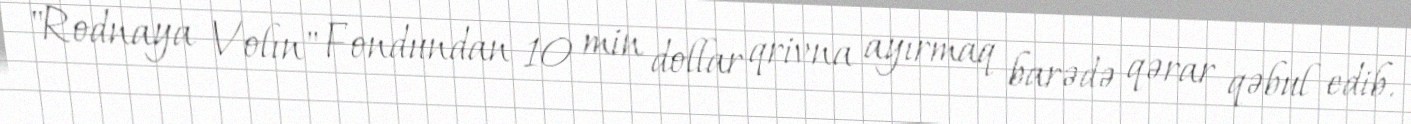
"Rodnaya Volın" Fondundan 10 min dollar qrivna ayırmaq barədə qərar qəbul edib.